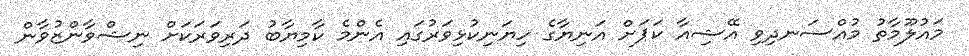
މައުލޫމާތު މުއްސަނދިވި އޭޝިއާ ކަޕަށް އަނިޔާގެ ހިޔަނިކުޅިވަރުގައި އެންމެ ކާމިޔާބު ދަރިވަރަކަށް ނިޝްވާންޒުވާން